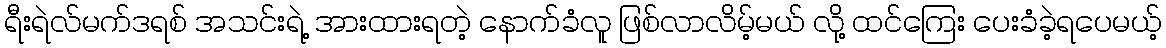
ရီးရဲလ်မက်ဒရစ် အသင်းရဲ့ အားထားရတဲ့ နောက်ခံလူ ဖြစ်လာလိမ့်မယ် လို့ ထင်ကြေး ပေးခံခဲ့ရပေမယ့်